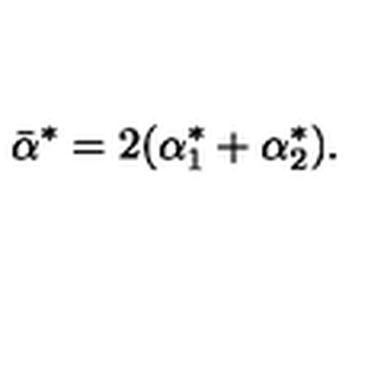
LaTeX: \bar { \alpha } ^ { * } = 2 ( \alpha _ { 1 } ^ { * } + \alpha _ { 2 } ^ { * } ) .